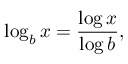
\log _ { b } x = { \frac { \log x } { \log b } } ,